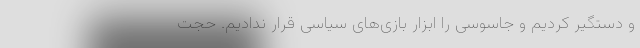
و دستگیر کردیم و جاسوسی را ابزار بازی‌های سیاسی قرار ندادیم. حجت